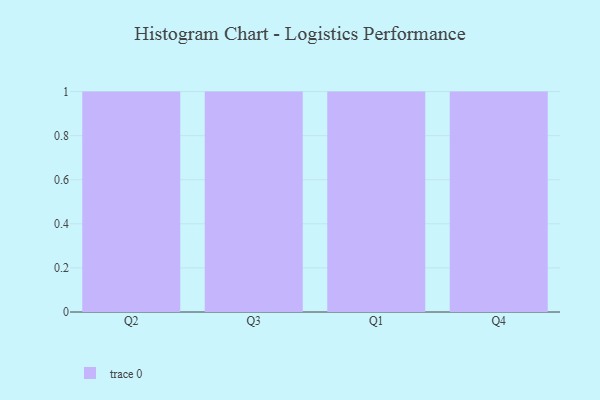
{"axis": {"x": "Quarter", "y": "Satisfaction Score"}, "legend": [""], "data": [{"x": "Q2", "y": 34, "type": ""}, {"x": "Q3", "y": 38, "type": ""}, {"x": "Q1", "y": 74, "type": ""}, {"x": "Q4", "y": 84, "type": ""}]}